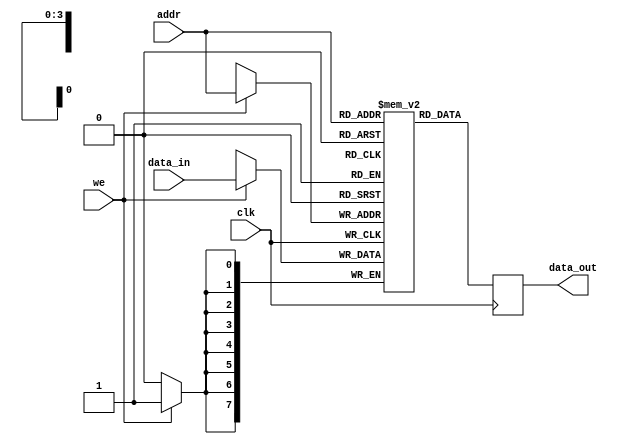
module parameterized_ram #(
    parameter DATA_WIDTH = 8,   // Width of each data word in bits
    parameter ADDR_WIDTH = 4     // Number of bits for addressing
) (
    input wire clk,              // Clock signal
    input wire we,               // Write enable signal
    input wire [ADDR_WIDTH-1:0] addr, // Address input
    input wire [DATA_WIDTH-1:0] data_in, // Input data for writing
    output reg [DATA_WIDTH-1:0] data_out // Output data for reading
);

    // Calculate depth based on address width
    localparam DEPTH = 1 << ADDR_WIDTH; // 2^ADDR_WIDTH

    // Memory storage declaration
    reg [DATA_WIDTH-1:0] memory [0:DEPTH-1];

    // Read and write operations
    always @(posedge clk) begin
        if (we) begin
            // Write operation
            memory[addr] <= data_in;
        end
        // Read operation (always read on clock edge)
        data_out <= memory[addr];
    end

    // Optional: Reset functionality can be added as needed
    // For example, you can include an asynchronous reset input
    // and initialize memory to zero.
    /*
    input wire rst; // Reset signal
    always @(posedge clk or posedge rst) begin
        if (rst) begin
            // Initialize memory to zero
            integer i;
            for (i = 0; i < DEPTH; i = i + 1) begin
                memory[i] <= 0;
            end
        end else begin
            if (we) begin
                memory[addr] <= data_in;
            end
            data_out <= memory[addr];
        end
    end
    */

endmodule